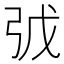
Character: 𢏌